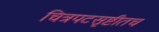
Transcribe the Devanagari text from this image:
चित्रपटसृष्टीतच